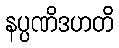
နပ္ပဏိဒဟတိ